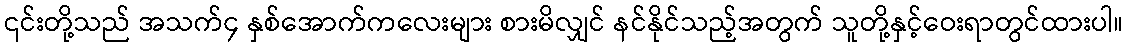
၎င်းတို့သည် အသက်၄ နှစ်အောက်ကလေးများ စားမိလျှင် နင်နိုင်သည့်အတွက် သူတို့နှင့်ဝေးရာတွင်ထားပါ။